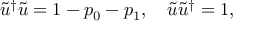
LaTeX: \tilde { u } ^ { \dag } \tilde { u } = 1 - p _ { 0 } - p _ { 1 } , \quad \tilde { u } \tilde { u } ^ { \dag } = 1 ,